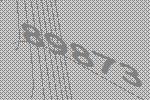
89873